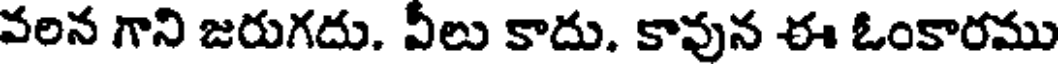
వరిన గాని జరుగదు. వీలు కాదు. కావున ఈ ఓంకారము